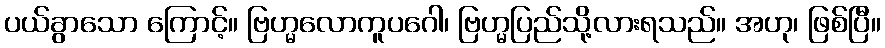
ပယ်ခွာသော ကြောင့်။ ဗြဟ္မလောကူပဂေါ၊ ဗြဟ္မပြည်သို့လားရသည်။ အဟု၊ ဖြစ်ပြီ။